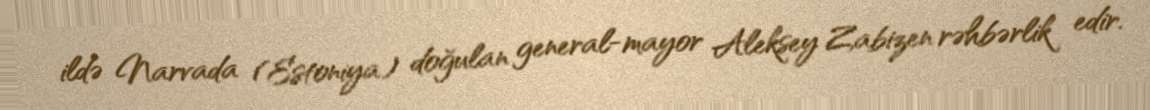
ildə Narvada (Estoniya) doğulan general-mayor Aleksey Zabizen rəhbərlik edir.